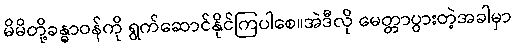
မိမိတို့ခန္ဓာဝန်ကို ရွက်ဆောင်နိုင်ကြပါစေ။အဲဒီလို မေတ္တာပွားတဲ့အခါမှာ